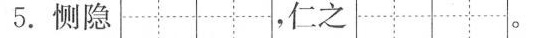
5.恻隐，仁之。